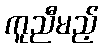
ကူညီမည့်